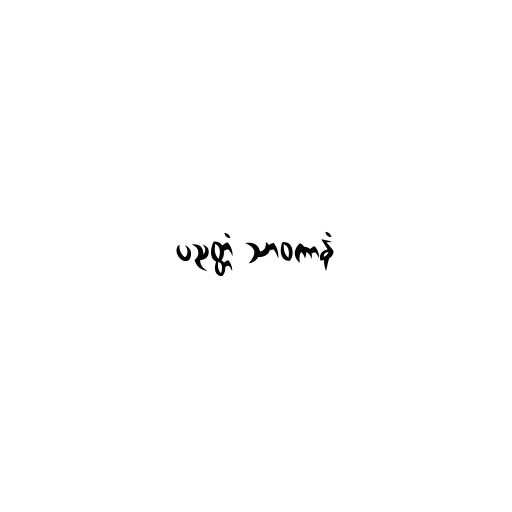
ပညတ္တံ သာဝကာနံ